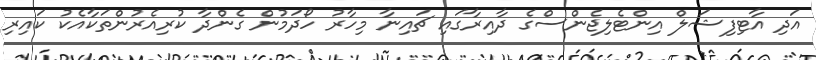
އަދި އާޓިފިޝަލް އިންޓެލިޖެންސްގެ ދާއިރާގައި ޗައިނާ މިހާރު ހޯދަމުން ގެންދާ ކުރިއެރުންތަކާއެކު ކައިރި